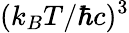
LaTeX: (k_{B}T/\hbar c)^{3}